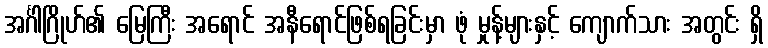
အင်္ဂါဂြိုဟ်၏ မြေကြီး အရောင် အနီရောင်ဖြစ်ရခြင်းမှာ ဖုံ မှုန့်များနှင့် ကျောက်သား အတွင်း ရှိ